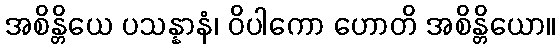
အစိန္တိယေ ပသန္နာနံ၊ ဝိပါကော ဟောတိ အစိန္တိယော။